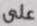
على